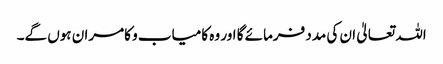
اللہ تعالیٰ ان کی مدد فرمائے گا اور وہ کامیاب و کامران ہوں گے۔